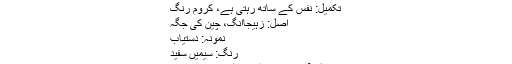
مصنوعہ نام: ہلکے اسٹیل ویلڈ ہانگاس پر
تکمیل: نفس کے ساتھ رہتی ہے، کروم رنگ
اصل: زہیجاانگ، چین کی جگہ
نمونہ: دستیاب
رنگ: سیمیں سفید
شکل: آنسو قبضا-قطرہ، قطرہ پانی، بندکی ۔